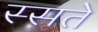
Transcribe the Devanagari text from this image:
स्सते